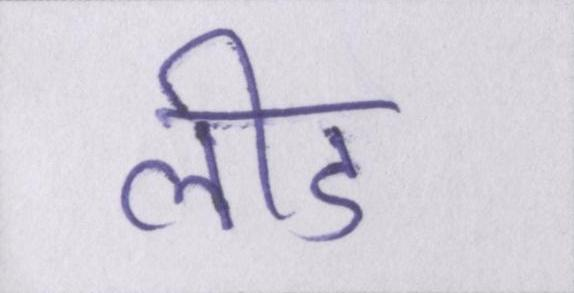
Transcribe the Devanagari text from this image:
लीड